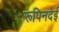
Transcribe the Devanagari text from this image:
रूपिनदेई